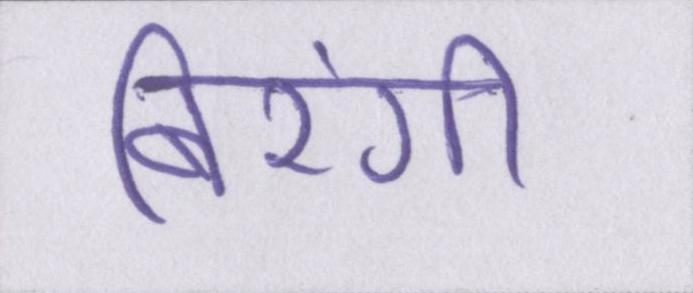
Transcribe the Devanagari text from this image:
बिरंगी